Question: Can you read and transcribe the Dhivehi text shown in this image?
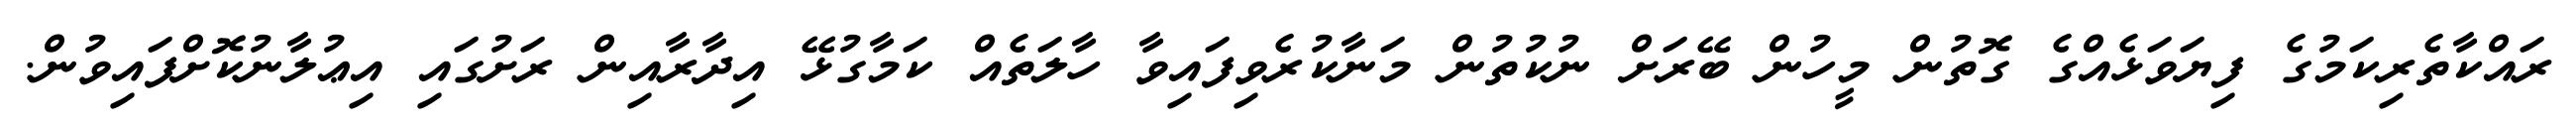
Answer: ރައްކާތެރިކަމުގެ ފިޔަވަޅެއްގެ ގޮތުން މީހުން ބޭރަށް ނުކުތުން މަނާކުރެވިފައިވާ ހާލަތެއް ކަމާގުޅޭ އިދާރާއިން ރަށުގައި އިޢުލާނުކޮށްފައިވުން.